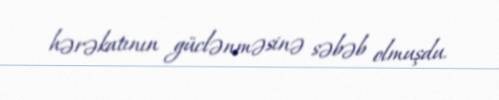
hərəkatının güclənməsinə səbəb olmuşdu.